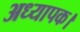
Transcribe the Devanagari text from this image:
अध्यापक।